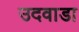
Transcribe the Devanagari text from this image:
उदवाडा